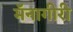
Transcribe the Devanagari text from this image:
मॅनागीरी